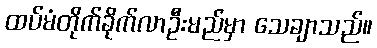
ထပ်မံတိုက်ခိုက်လာဦးမည်မှာ သေချာသည်။